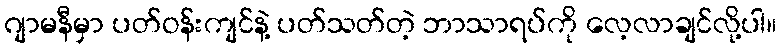
ဂျာမနီမှာ ပတ်ဝန်းကျင်နဲ့ ပတ်သတ်တဲ့ ဘာသာရပ်ကို လေ့လာချင်လို့ပါ။